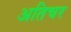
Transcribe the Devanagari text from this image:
अतिचर